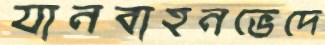
যানবাহনভেদে